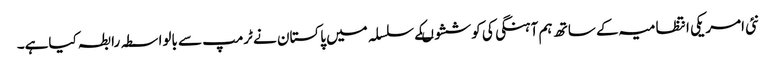
نئی امریکی انتظامیہ کے ساتھ ہم آہنگی کی کوششوںکے سلسلہ میں پاکستان نے ٹرمپ سے بالواسطہ رابطہ کیاہے۔